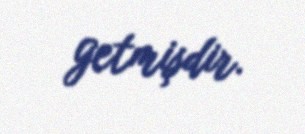
getmişdir.